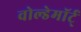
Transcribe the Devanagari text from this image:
वोल्डेमॉर्ट्